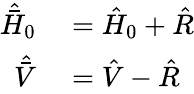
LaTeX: \begin{array}{rl}{\hat{\bar{H}}_{0}}&{{}=\hat{H}_{0}+\hat{R}}\\ {\hat{\bar{V}}}&{{}=\hat{V}-\hat{R}}\end{array}